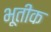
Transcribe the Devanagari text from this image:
भूतीक